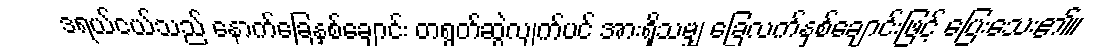
ဒရယ်ငယ်သည် နောက်ခြေနှစ်ချောင်း တရွတ်ဆွဲလျက်ပင် အားရှိသမျှ ခြေလက်နှစ်ချောင်းဖြင့် ပြေးသေး၏။